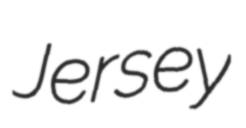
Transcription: Jersey